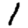
Digit: 1